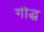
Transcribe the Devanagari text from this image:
गीद्ध